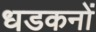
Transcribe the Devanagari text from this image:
धडकनों